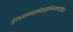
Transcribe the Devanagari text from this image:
गुरुत्यागाद्भवेन्मृत्युर्मन्त्रत्यागाद्दरिद्रता